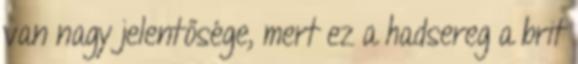
van nagy jelentősége, mert ez a hadsereg a brit